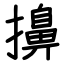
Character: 擤